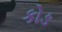
કોઙ